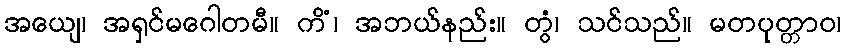
အယျေ၊ အရှင်မဂေါတမီ။ ကိံ၊ အဘယ်နည်း။ တွံ၊ သင်သည်။ မတပုတ္တာဝ၊